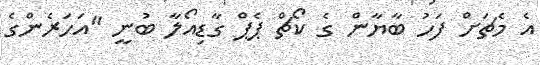
އެ މެޗަށް ފަހު ބާޔާން ގެ ކޯޗް ޕެޕް ގާޑިއޯލާ ބުނީ "އަހަރެންގެ